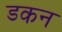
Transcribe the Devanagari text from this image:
डकन